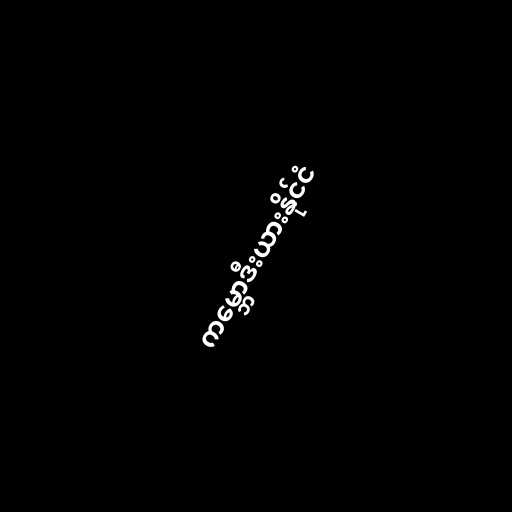
ကမ္ဘောဒီးယားနိုင်ငံ